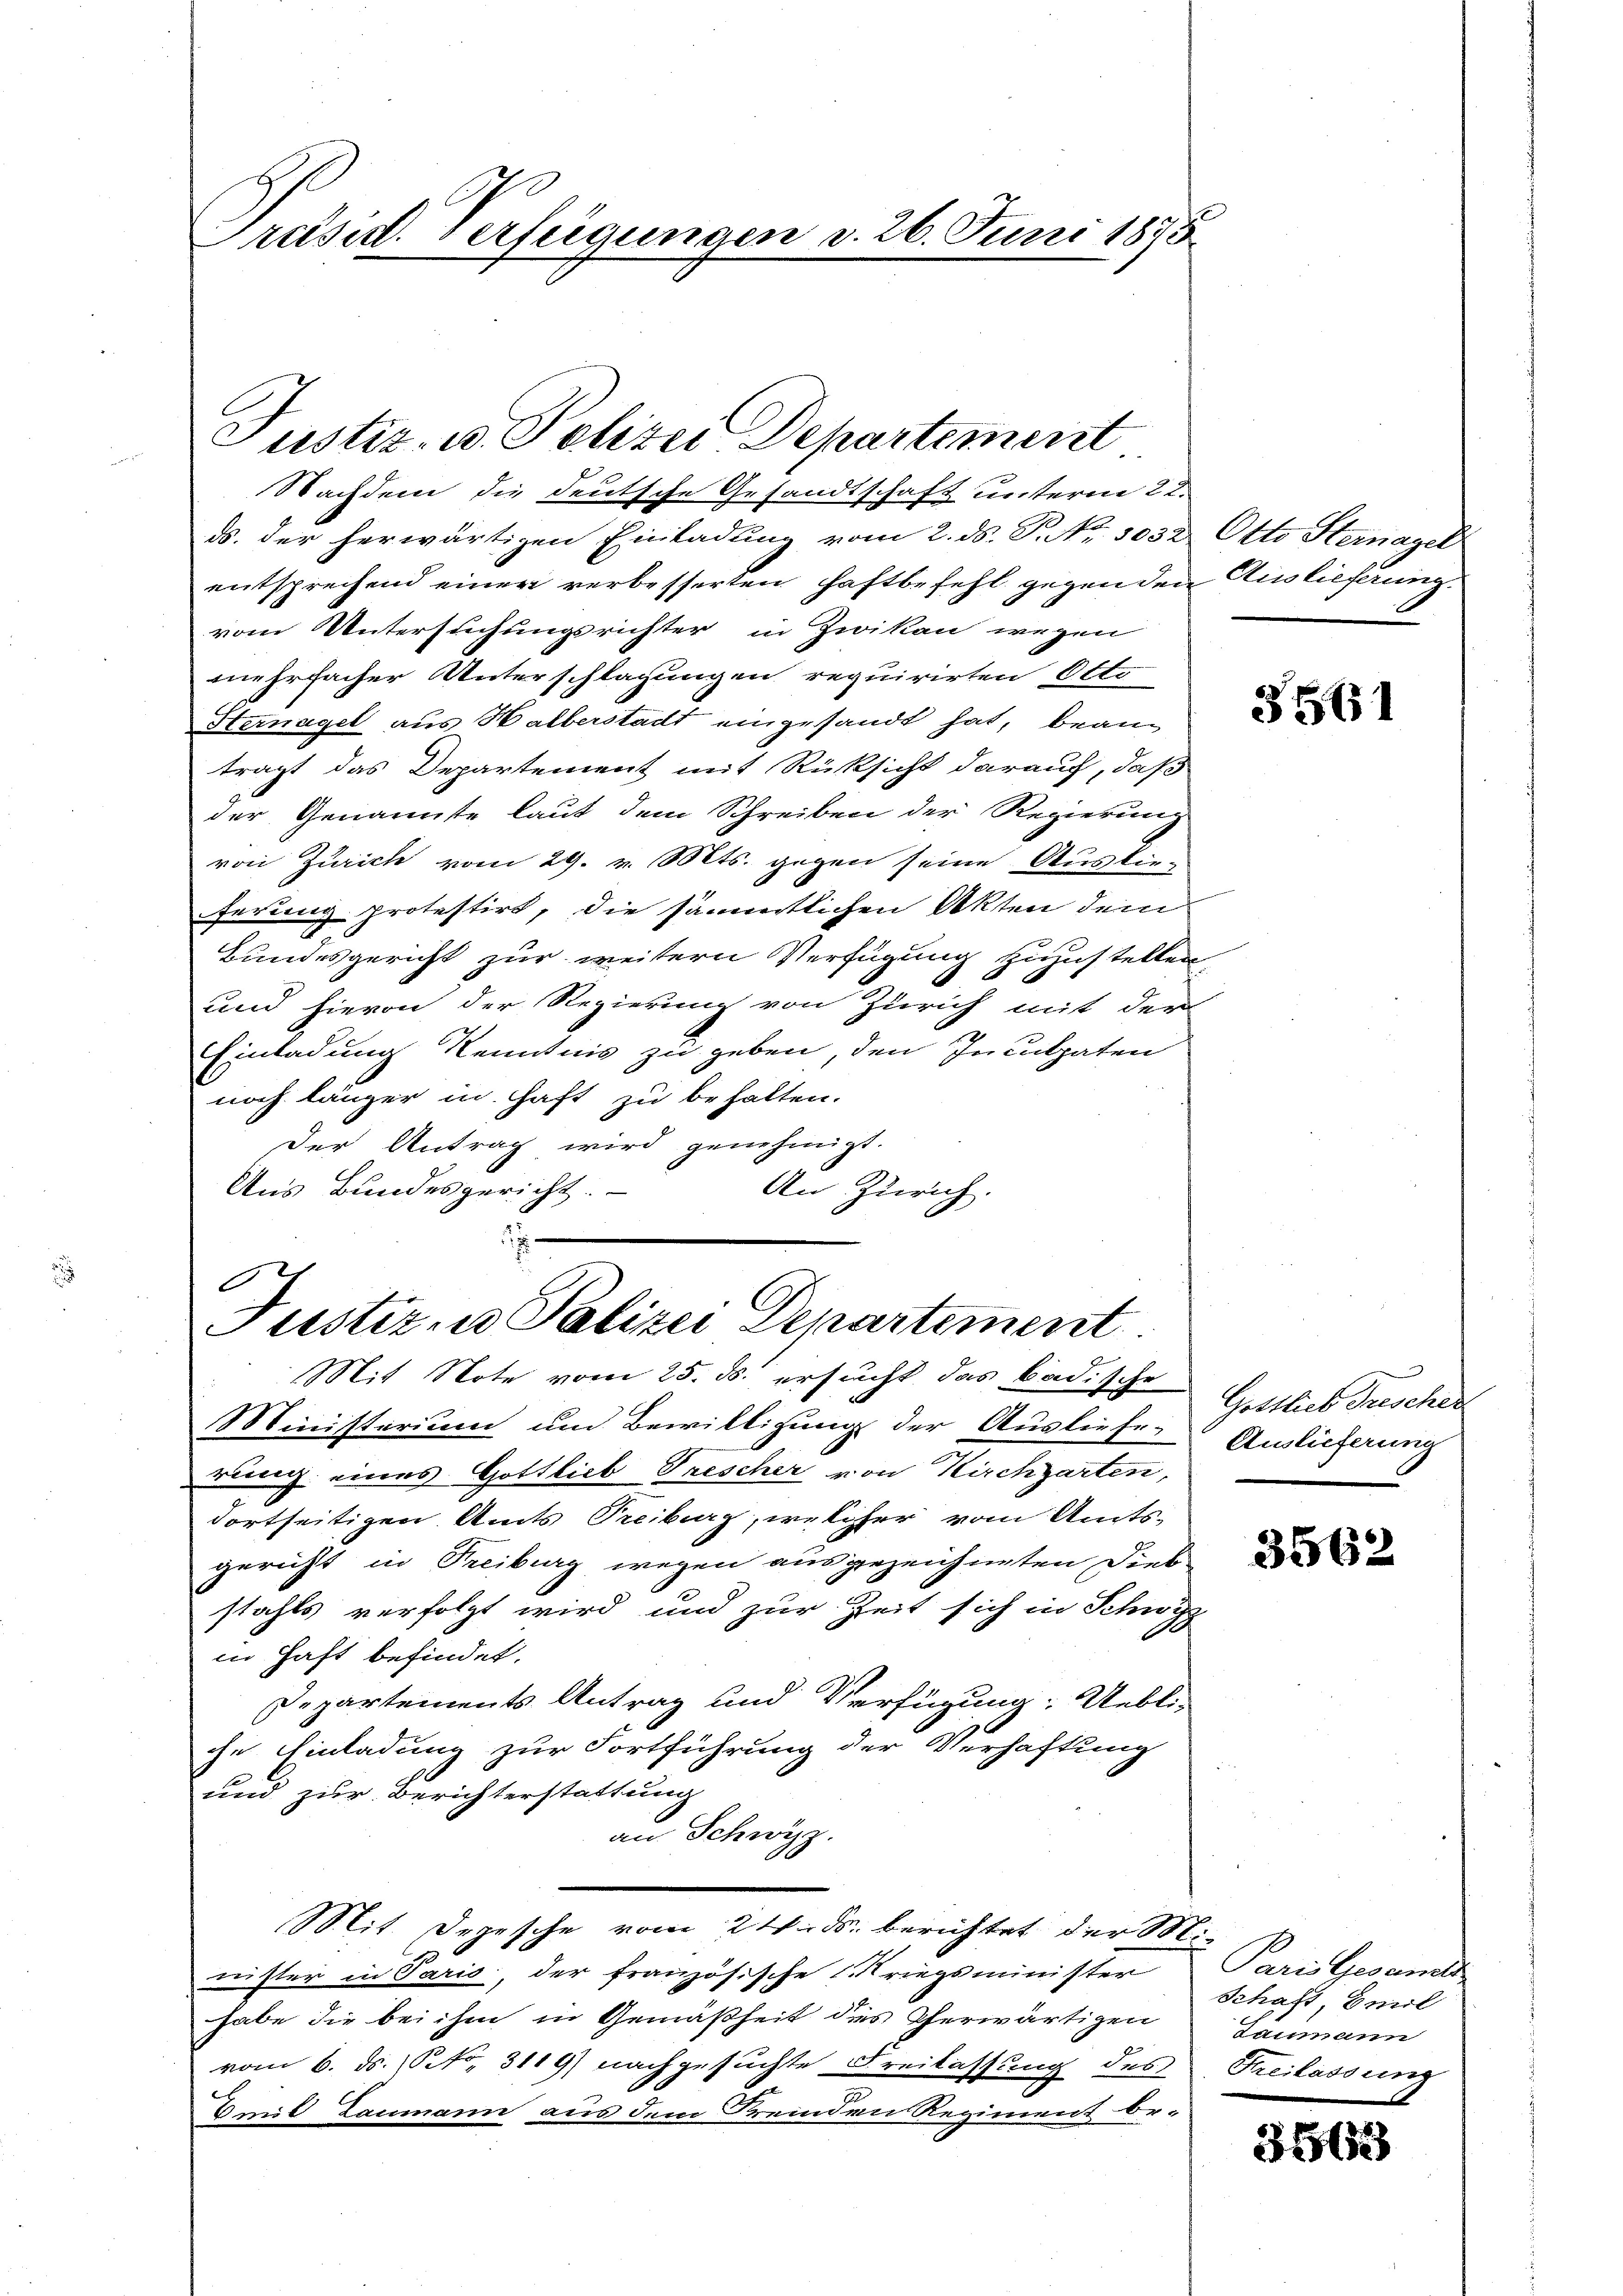
Präsid. Verfeigungen v. 26. Juni 1875

Nachdem die deutsche Gesandtschaft unterm 22.
ds. der herwärtigen Einladŭng vom 2. ds. P. Nr. 1032 Otto Sternagel
entsprechend einer verbesserten Haftbefehl gegenden Auslieferung.
vom Untersuchungsrichter in Zwikan wegen
mehrfacher Unterschlagungen requirirten Otto
Sternagel aus Halberstadt eingesandt hat, bean
trägt das Departement mit Rücksicht darauf, daß
der Genannte laut dem Schreiben der Regierung
von Zürich vom 29. v. Mts. gegen seine Auskun-
ferung protestirt, die sämmtlichen Akten dem
Bundesgericht zur weitern Verfügung zuzustellen,
und hievon der Regierung von Zürich mit der
Einladung Kenntnis zu geben, den Inculpaten
noch länger in Haft zu behalten.
Der Antrag wird genehmigt.
Aus Bundesgericht.
An Zürich.
1

Justiz- u. Polizei Departement

C
Justiz & Polizei Departement
Mit Note vom 25. ds. ersucht das badische

Ministerium und Bewilligung der Ausliefe-
rung eines Gottlieb Trescher von Kirchgarten,
dortseitigen Amts Treiburg, welcher vom Amts-
gericht in Treiburg wegen ausgezeichneten Dieb
stahls verfolgt wird und zur Zeit sich in Schwyz
in Haft befindet.
Departements Antrag und Verfügung: Uebli-
che Einladung zur Fortführung der Verhaftung
und zur Berichterstattung
an Schwyz.
Mit Depesche vom 24. ds. berichtet der Minister in Paris, der französische Kriegsminister
habe die bei ihm in Gemäßheit des Cherwärtigen
vom 6. ds. (Pf., 3119) nachgesuchte Freilassung des Freilassung
bmit Baumann aus dem Fremden Regiment or-

3561

Gottlich Frescher
Auslieferung

3562

Paris Gesamt
Schaft, Emil
daumann

356.